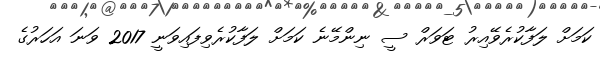
ކަމަށް ލަފާކުރެވޭއިރު ޓަވަރް ސީ ނިންމޭނެ ކަމަށް ލަފާކުރެވިފައިވަނީ 2017 ވަނަ އަހަރުގެ